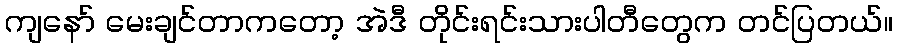
ကျနော် မေးချင်တာကတော့ အဲဒီ တိုင်းရင်းသားပါတီတွေက တင်ပြတယ်။